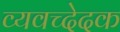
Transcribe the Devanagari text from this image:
व्यवच्देदक